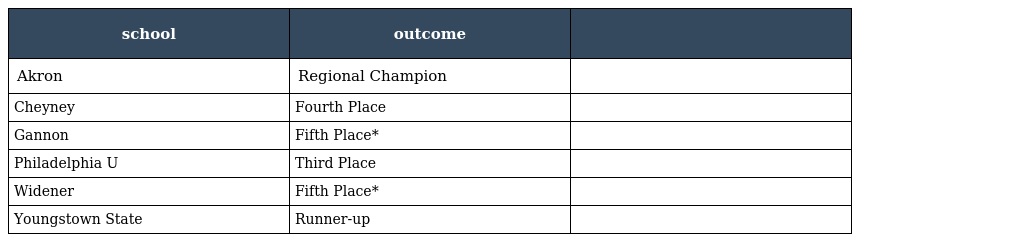
| school | outcome |  |
 | --- | --- | --- |
 | Akron | Regional Champion |  |
 | Cheyney | Fourth Place |  |
 | Gannon | Fifth Place* |  |
 | Philadelphia U | Third Place |  |
 | Widener | Fifth Place* |  |
 | Youngstown State | Runner-up |  |